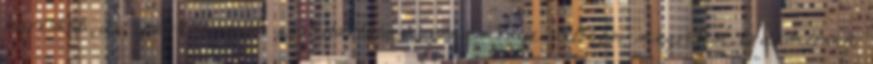
keresést: de iparkodásom és kitartásom eredménye valóban megvetést érdemlőnek